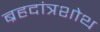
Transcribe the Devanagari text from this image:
ब्रहदांत्रशोथ